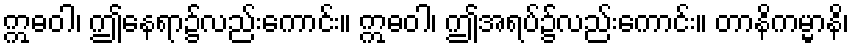
ဣဓဝါ၊ ဤနေရာ၌လည်းကောင်း။ ဣဓဝါ၊ ဤအရပ်၌လည်းကောင်း။ တာနိကမ္မာနိ၊